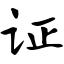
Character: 证